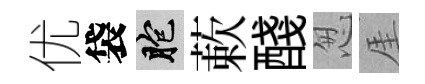
优袋胞蔌醆怱厓